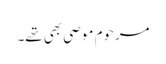
مرحوم موصی بھی تھے۔